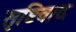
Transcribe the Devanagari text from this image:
सृष्टिवाद